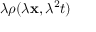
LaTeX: \lambda \rho ( \lambda \mathbf { x } , \lambda ^ { 2 } t )